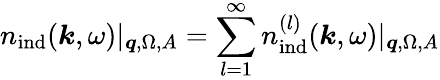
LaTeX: {n}_{\mathrm{ind}}(\boldsymbol{k},\omega)|_{\boldsymbol{q},\Omega,A}=\sum_{l=1}^{\infty}{n}_{\mathrm{ind}}^{(l)}(\boldsymbol{k},\omega)|_{\boldsymbol{q},\Omega,A}